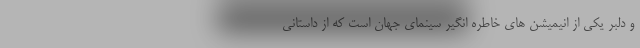
و دلبر یکی از انیمیشن های خاطره انگیر سینمای جهان است که از داستانی